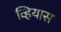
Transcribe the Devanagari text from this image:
व्हियास